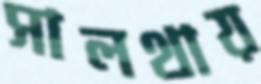
সালথায়